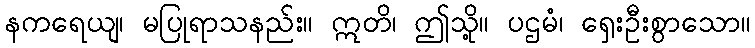
နကရေယျ၊ မပြုရာသနည်း။ ဣတိ၊ ဤသို့။ ပဌမံ၊ ရှေးဦးစွာသော။